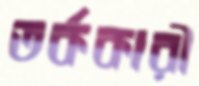
তর্ককারী